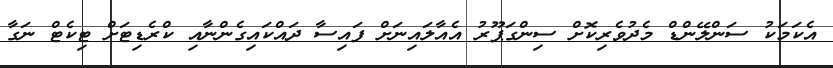
އެކަމަކު ސަންލޭންޑް މެދުވެރިކޮށް ސިންގަޕޫރު އެއާލައިނަށް ފައިސާ ދައްކައިގެންނާއި ކްރެޑިޓަށް ޓިކެޓް ނަގާ